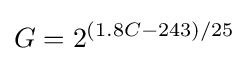
G=2^{(1.8C-243)/25}